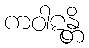
ကဝါဋန္တိ